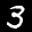
Digit: 3